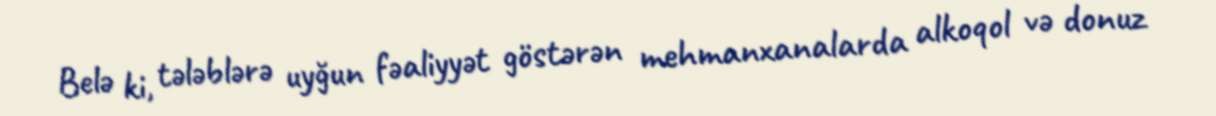
Belə ki, tələblərə uyğun fəaliyyət göstərən mehmanxanalarda alkoqol və donuz